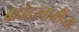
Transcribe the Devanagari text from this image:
ब्रह्मेंद्रस्वामींच्या